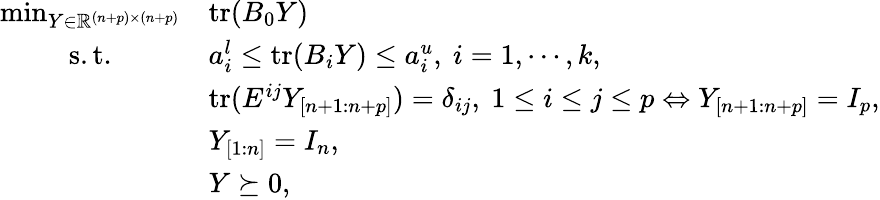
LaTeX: \begin{array}{cl}{\operatorname*{min}_{Y\in{\mathbb R}^{{(n+p)}\times{(n+p)}}}}&{\mathrm{tr}(B_{0}Y)}\\ {\mathrm{s.t.}}&{a_{i}^{l}\le\mathrm{tr}(B_{i}Y)\le a_{i}^{u},~i=1,\cdots,k,}\\ &{\mathrm{tr}(E^{ij}Y_{[n+1:n+p]})=\delta_{ij},~1\le i\le j\le p\Leftrightarrow Y_{[n+1:n+p]}=I_{p},}\\ &{Y_{[1:n]}=I_{n},}\\ &{Y\succeq 0,}\end{array}